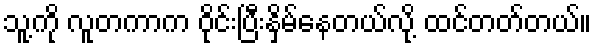
သူ့ကို လူတကာက ဝိုင်းပြီးနှိမ်နေတယ်လို့ ထင်တတ်တယ်။